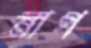
নাগ